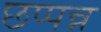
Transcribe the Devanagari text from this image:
छप्पन्न